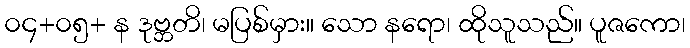
၀၄+၀၅+ န ဒုဗ္ဘတိ၊ မပြစ်မှား။ သော နရော၊ ထိုသူသည်။ ပူဇကော၊